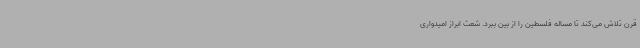
قرن تلاش می‌کند تا مساله فلسطین را از بین ببرد. شعث ابراز امیدواری